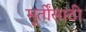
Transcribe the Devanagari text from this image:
मूर्तींसाठी